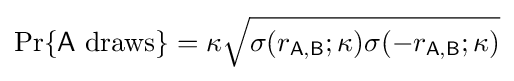
\Pr\{{\mathsf {A}}~{\textrm {draws}}\}=\kappa {\sqrt {\sigma (r_{\mathsf {A,B}};\kappa )\sigma (-r_{\mathsf {A,B}};\kappa )}}